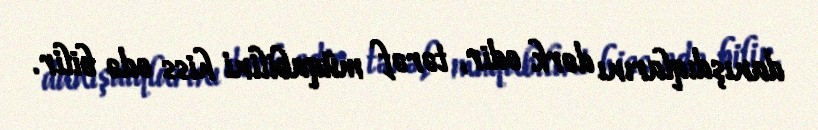
danışdıqlarını dərk edir, tərəf müqabilini hiss edə bilir.